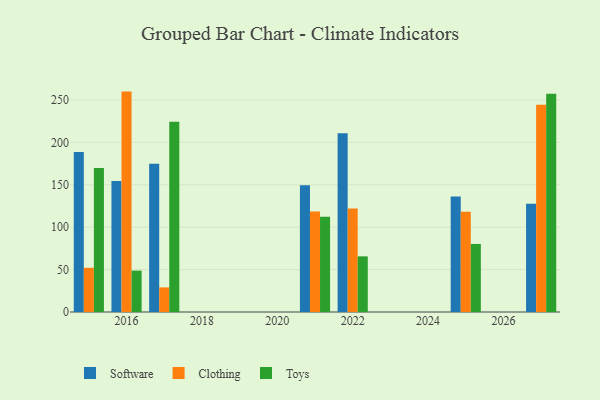
{"axis": {"x": "Year", "y": "Backlog"}, "legend": ["Clothing", "Software", "Toys"], "data": [{"x": "2027", "y": 127.5, "type": "Software"}, {"x": "2027", "y": 244.3, "type": "Clothing"}, {"x": "2027", "y": 257.2, "type": "Toys"}, {"x": "2022", "y": 210.6, "type": "Software"}, {"x": "2022", "y": 122.0, "type": "Clothing"}, {"x": "2022", "y": 65.6, "type": "Toys"}, {"x": "2016", "y": 154.3, "type": "Software"}, {"x": "2016", "y": 259.8, "type": "Clothing"}, {"x": "2016", "y": 48.8, "type": "Toys"}, {"x": "2021", "y": 149.4, "type": "Software"}, {"x": "2021", "y": 118.6, "type": "Clothing"}, {"x": "2021", "y": 112.3, "type": "Toys"}, {"x": "2025", "y": 136.2, "type": "Software"}, {"x": "2025", "y": 118.2, "type": "Clothing"}, {"x": "2025", "y": 80.2, "type": "Toys"}, {"x": "2015", "y": 188.5, "type": "Software"}, {"x": "2015", "y": 52.1, "type": "Clothing"}, {"x": "2015", "y": 169.7, "type": "Toys"}, {"x": "2017", "y": 174.7, "type": "Software"}, {"x": "2017", "y": 29.0, "type": "Clothing"}, {"x": "2017", "y": 224.2, "type": "Toys"}]}